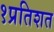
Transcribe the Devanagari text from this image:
१प्रतिशत